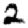
Digit: 2